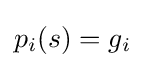
p_{i}(s)=g_{i}